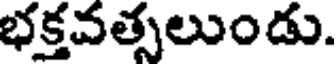
భక్తవత్సలుండు.